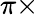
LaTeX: \pi\times